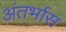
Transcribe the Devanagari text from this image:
अंतर्भास